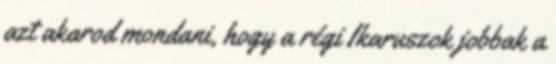
azt akarod mondani, hogy a régi Ikaruszok jobbak a